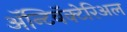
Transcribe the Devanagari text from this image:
ॲन्टिबॅक्‍टेरिअल